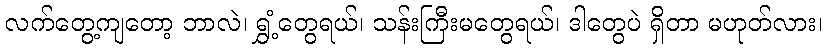
လက်တွေ့ကျတော့ ဘာလဲ၊ ရွှံ့တွေရယ်၊ သန်းကြီးမတွေရယ်၊ ဒါတွေပဲ ရှိတာ မဟုတ်လား၊